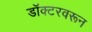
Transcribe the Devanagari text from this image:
डॉक्टरवरून